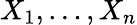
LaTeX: X_{1},\ldots,X_{n}